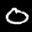
Label: 0